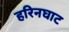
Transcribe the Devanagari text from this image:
हरिनघाट